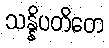
သန္နိပတိတေ